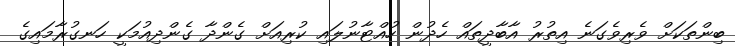
ބިންތަކަށް ވެރިވެގަނެ އިތުރު އާބާދީތައް ހެދުން ހުއްޓާނުލައި ކުރިއަށް ގެންދާ ގެންދިއުމަކީ ހަނގުރާމައިގެ